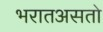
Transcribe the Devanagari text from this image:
भरातअसतो